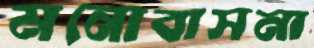
মনোবাসনা